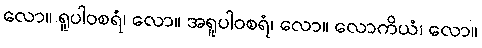
လော။ ရူပါဝစရံ၊ လော။ အရူပါဝစရံ၊ လော။ လောကိယံ၊ လော။